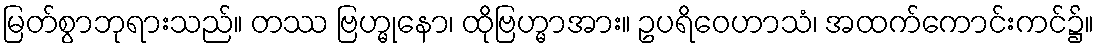
မြတ်စွာဘုရားသည်။ တဿ ဗြဟ္မုနော၊ ထိုဗြဟ္မာအား။ ဥပရိဝေဟာသံ၊ အထက်ကောင်းကင်၌။